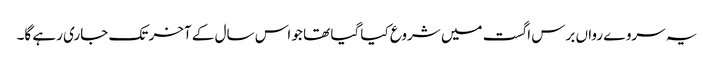
یہ سروے رواں برس اگست میں شروع کیا گیا تھا جو اس سال کے آخر تک جاری رہے گا۔